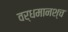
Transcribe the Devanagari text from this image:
वर्धमानश्च